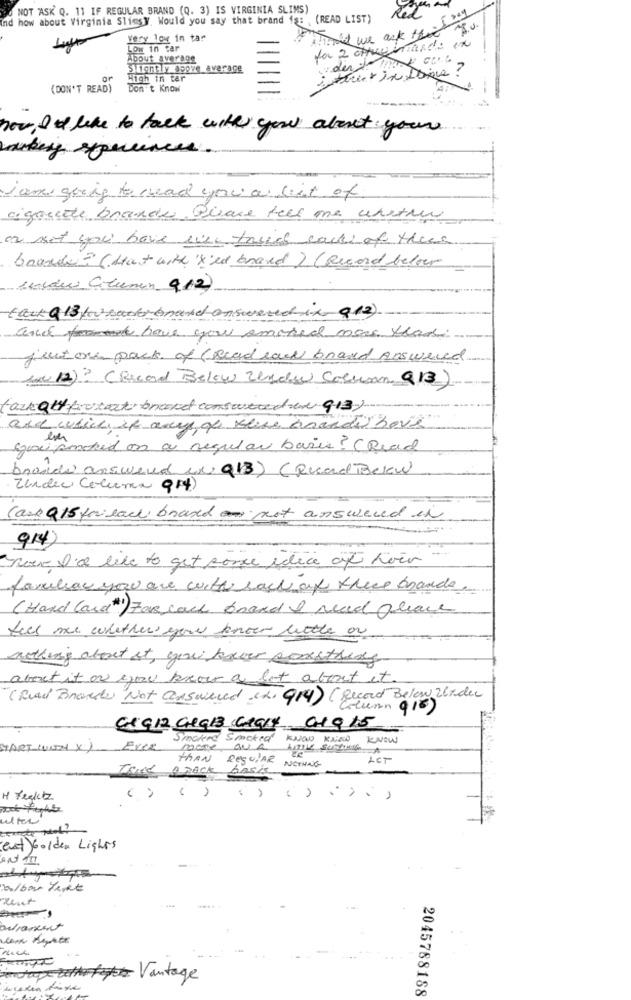
NOT ASK Q. 11 IF REGULAR BRAND (Q. 3) IS VIRGINIA SLIMS)
Red
nd how about Virginia Sliesy. Would you say that brand 1§: (READ LIST)
Fois we ack ff - Ing
Very log in tar
fa 2 chue mando in
Low in tar
About average
der / mark core
Slightly above average
or
High in tar
(DON'T READ)
Don't Know
how I like to talk with you about your
I am going to read you a list of
cigoude brandes. Quare tell me whether
or not you have will tasia call of these
boards ? (start with 'x'ed brand) (Record below
unvau Clumin 912)
tack 9 13 for-sector brand answered it 912)
and forward have you smoked more than
just one pack of (Read raw brand Answered
for 12) ? (Record Below Undw Column Q13)
tack auf foucart brandt consourcede 913)
and which it away of thise brandi Love
Sarei smoked on a regular basis? (Read
brande answered w 913) (Record Below)
Under Coluna Q14)
Cask Q15 for each brand not answered in
914
now I'd like to get some edice af hoer
familiar you are with each of these brande.
(Hard Card#1) Far cack brand I need please
tell me whether you know little or
nothing about it, you haver sonstress
about it on you know a lot about it.
"( Real Brands Not answered (2. 914) ( Record Below Under
Hunn 916)
Cx G 12 GRals Clark 010 15
Smoked Smoked KNOW KNOW KNOW
START-WEN X) Ever
more
LET
Trick A RACK basis
THAN RequiAR NOTHING
H Frektz
( ...........
ulker
est Golden Lights
AND III
bolbar Yekt
avancent
Indapetit Vantage
2045788188